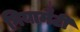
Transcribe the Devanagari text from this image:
गियामैटी